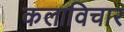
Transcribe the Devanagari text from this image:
कलाविचार